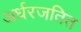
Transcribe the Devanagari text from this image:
अर्धरजतित